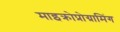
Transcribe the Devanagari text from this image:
माइक्रोप्रोग्रामिंग